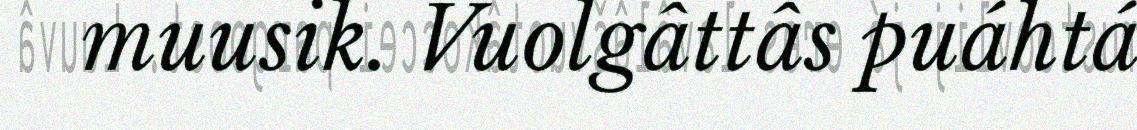
muusik. Vuolgâttâs puáhtá